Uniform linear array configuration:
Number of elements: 16
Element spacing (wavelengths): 1
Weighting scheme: kaiser
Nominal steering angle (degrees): -60
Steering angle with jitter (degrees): -61.896
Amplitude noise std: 0.05
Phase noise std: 0.05

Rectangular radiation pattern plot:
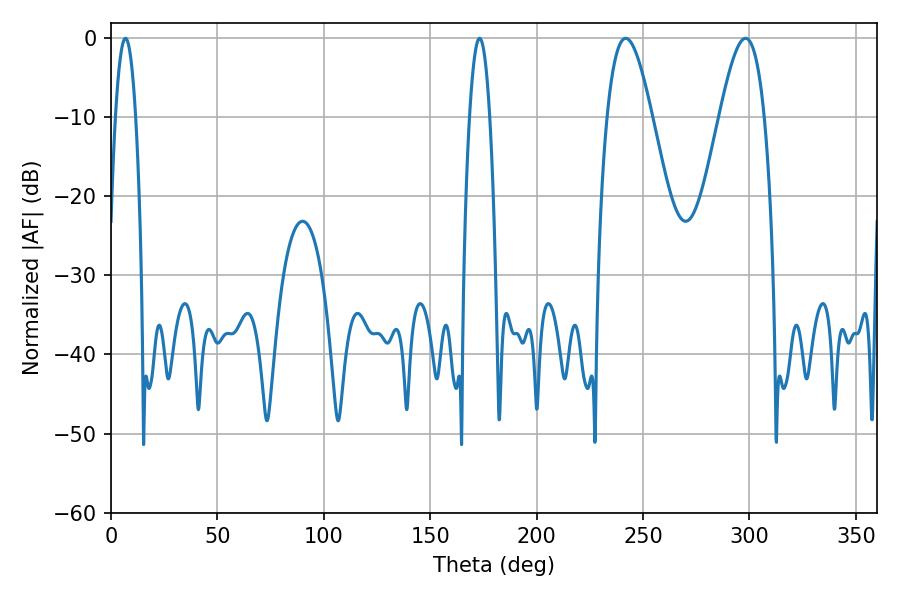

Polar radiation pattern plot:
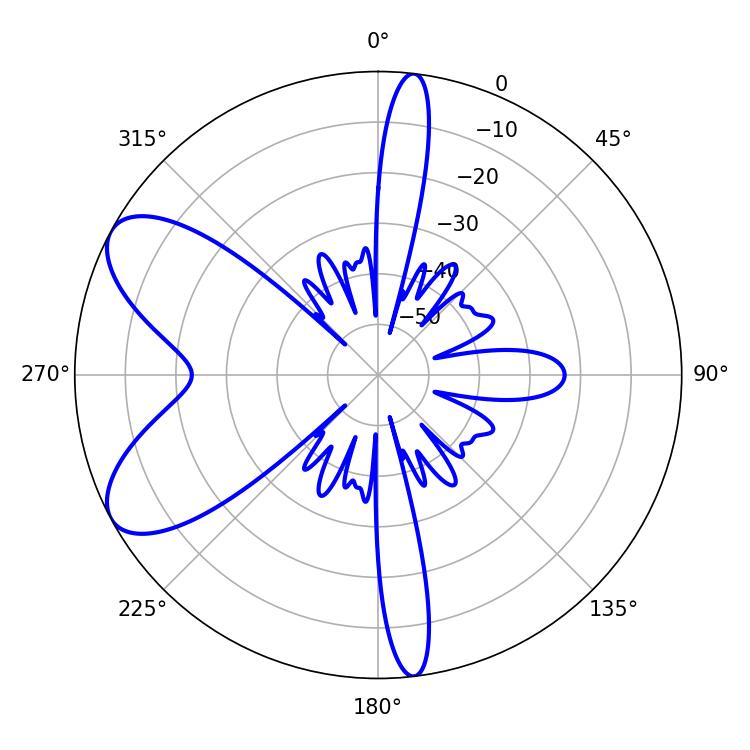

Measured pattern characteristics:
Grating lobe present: TRUE
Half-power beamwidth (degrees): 5.22
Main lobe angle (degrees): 173.16